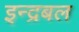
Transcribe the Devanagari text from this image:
इन्द्रबल